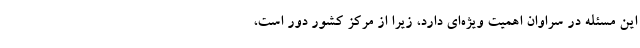
این مسئله در سراوان اهمیت ویژه‌ای دارد، زیرا از مرکز کشور دور است،